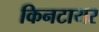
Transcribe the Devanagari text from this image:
किनटायर